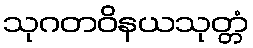
သုဂတဝိနယသုတ္တံ